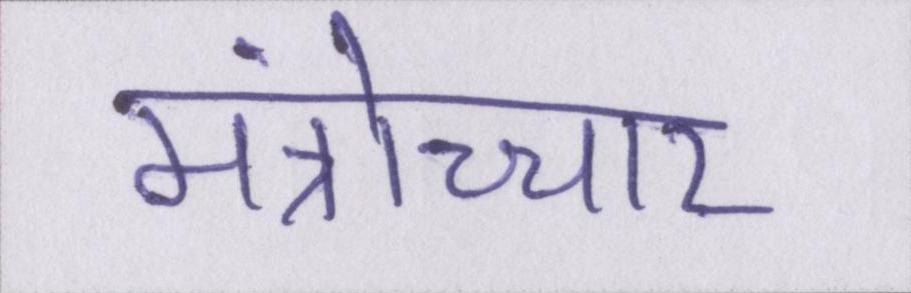
मंत्रोच्चार